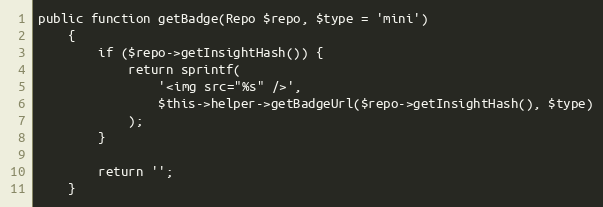
Language: PHP
public function getBadge(Repo $repo, $type = 'mini')
    {
        if ($repo->getInsightHash()) {
            return sprintf(
                '<img src="%s" />',
                $this->helper->getBadgeUrl($repo->getInsightHash(), $type)
            );
        }

        return '';
    }